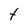
Character: t